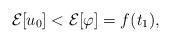
LaTeX: \begin{align*}\mathcal E[u_0]<\mathcal E[\varphi] =f(t_1),\end{align*}